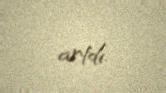
artdı.